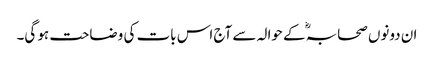
ان دونوں صحابہؓ کے حوالہ سے آج اس بات کی وضاحت ہو گی۔